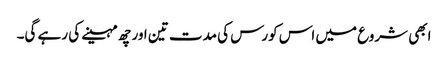
ابھی شروع میں اس کورس کی مدت تین اور چھ مہینے کی رہے گی۔